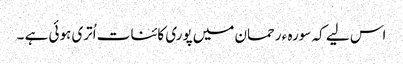
اس لیے کہ سورہ ء رحمان میں پوری کائنات اُتری ہوئی ہے ۔